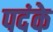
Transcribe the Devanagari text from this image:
पदंके